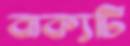
বাক্যটি